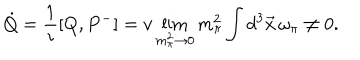
\dot { Q } = \frac { 1 } { i } [ Q , P ^ { - } ] = v \lim _ { m _ { \pi } ^ { 2 } \rightarrow 0 } m _ { \pi } ^ { 2 } \int d ^ { 3 } \vec { x } \, \omega _ { \pi } \neq 0 .